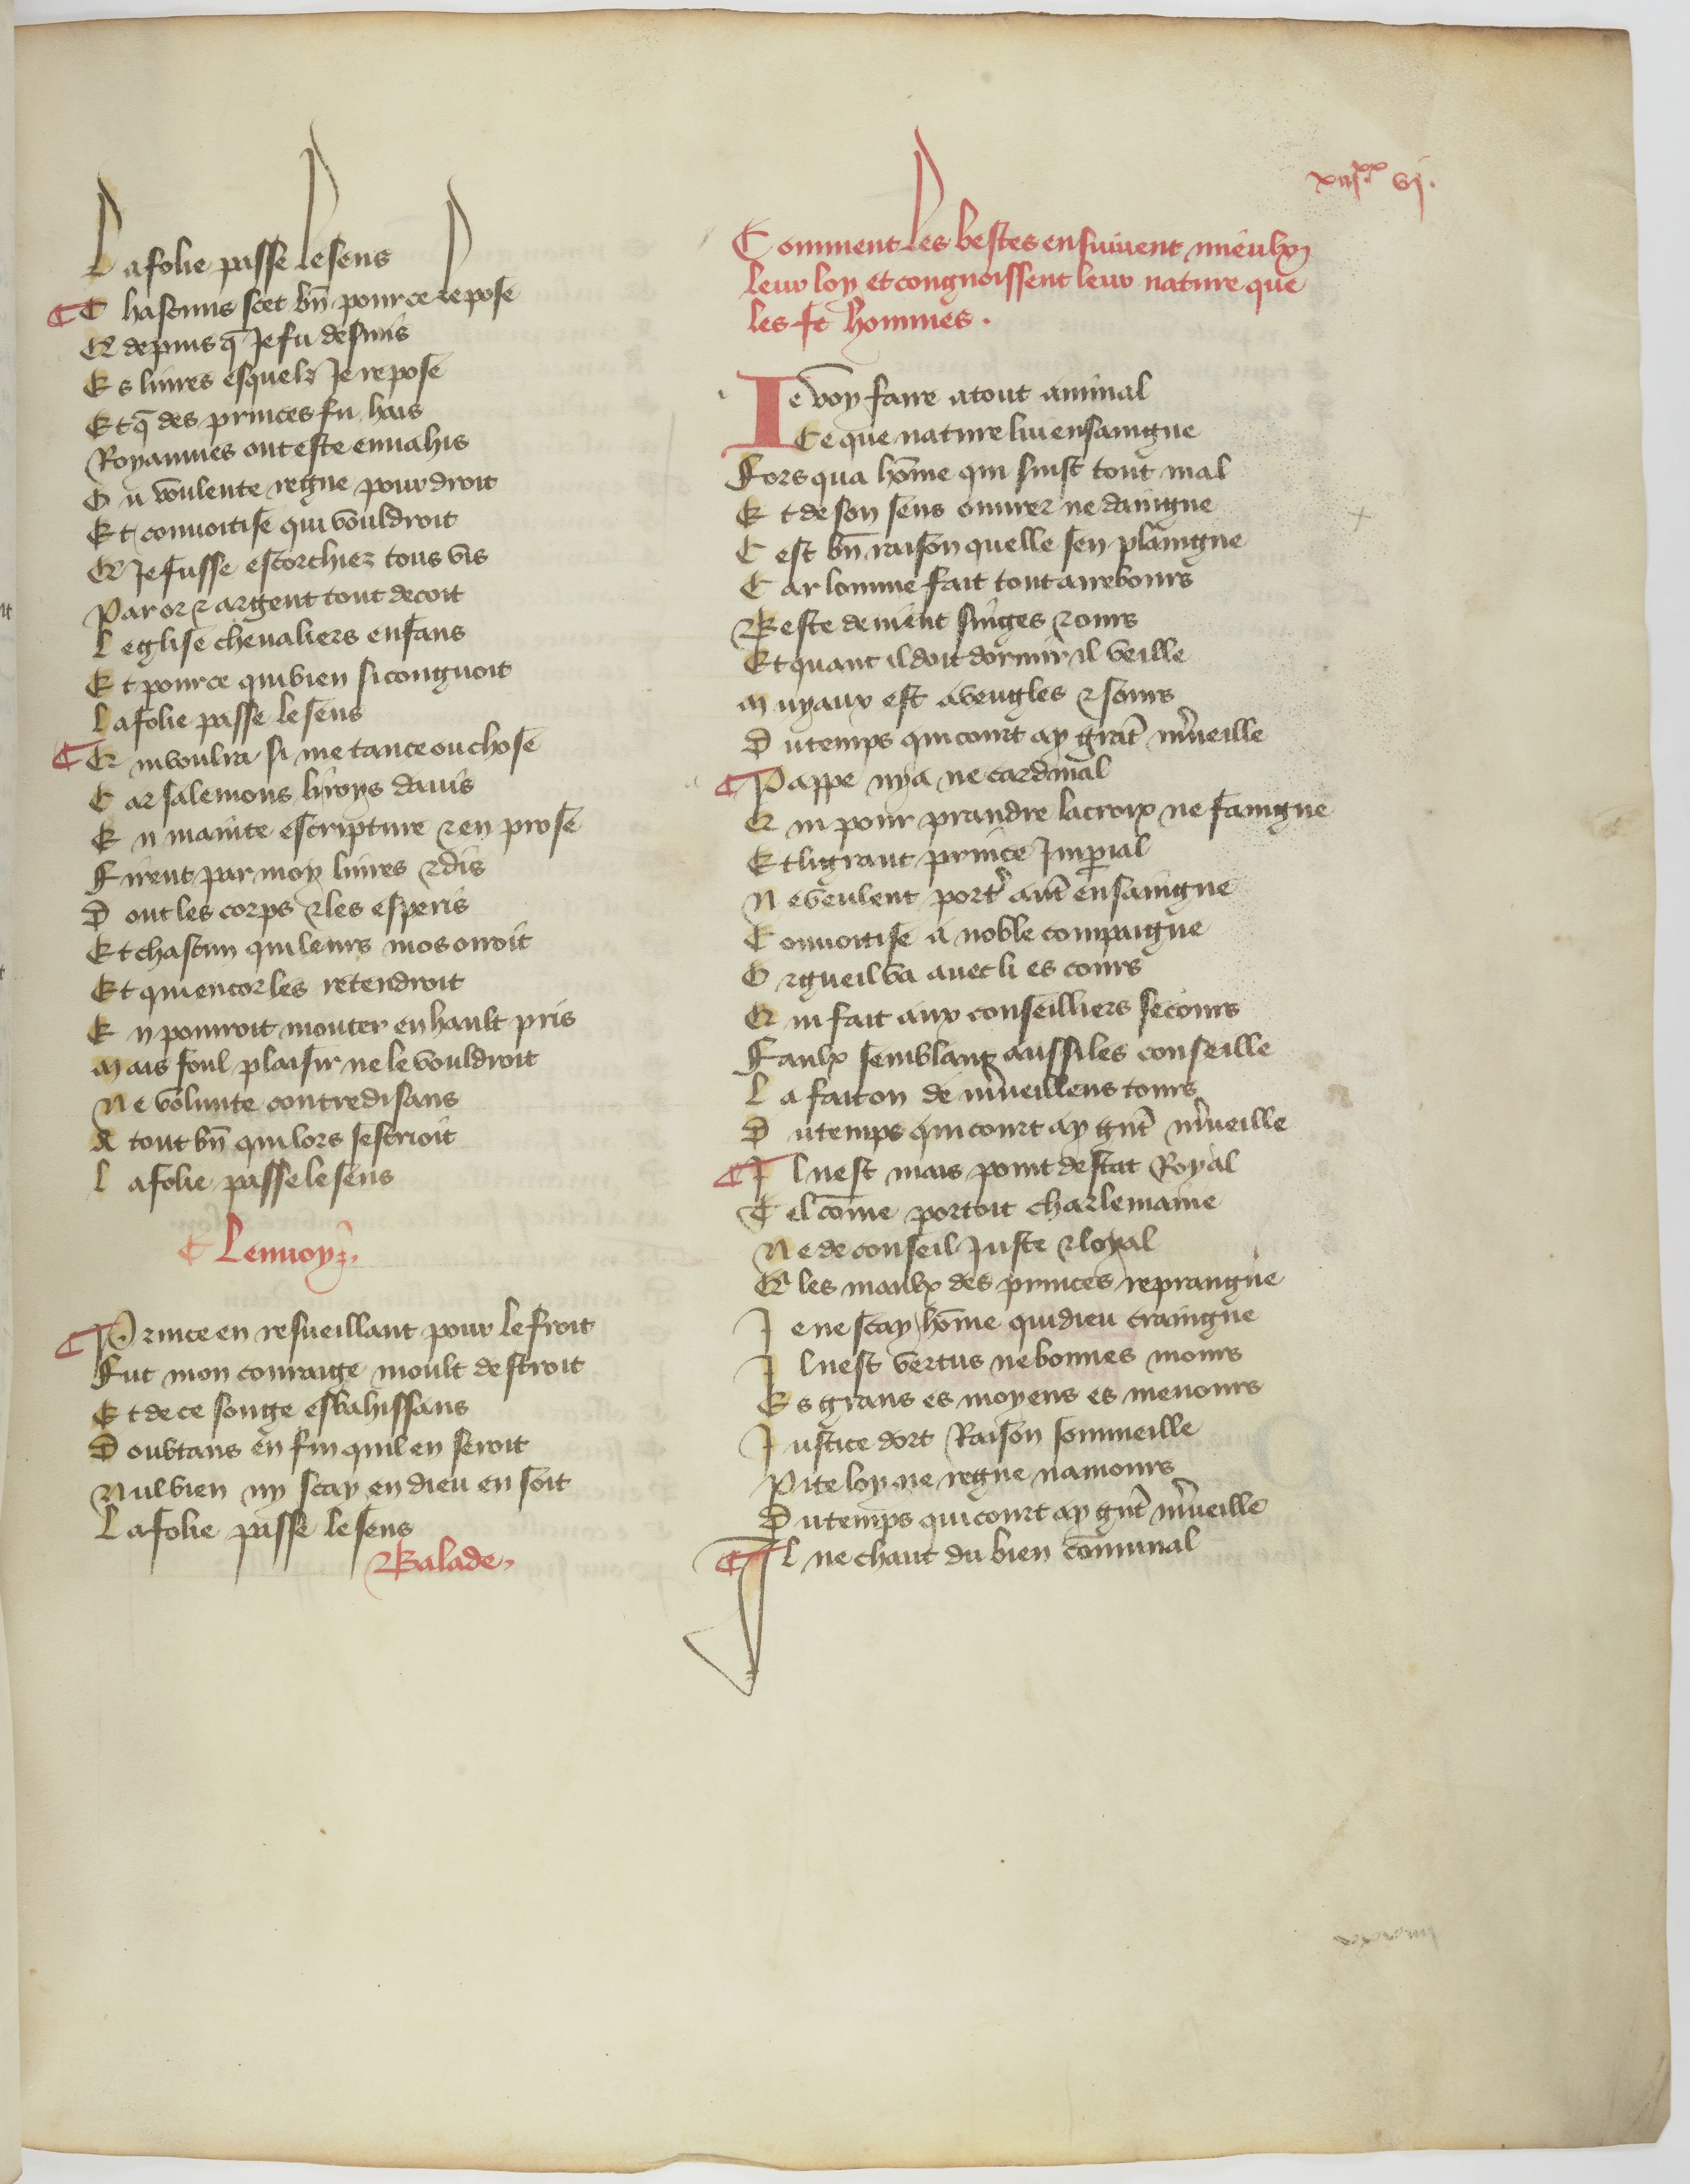
Shelfmark: Paris, BnF, fr. 840
Century: 14